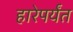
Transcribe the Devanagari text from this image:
हारेपर्यंत